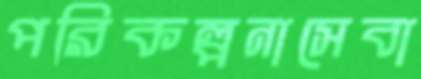
পরিকল্পনাসেবা